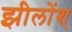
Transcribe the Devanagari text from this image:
झीलोंश्